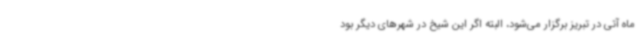
ماه آتی در تبریز برگزار می‌شود، البته اگر این شیخ در شهرهای دیگر بود